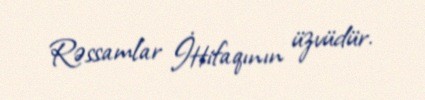
Rəssamlar İttifaqının üzvüdür.